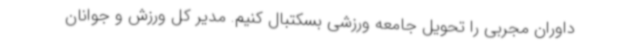
داوران مجربی را تحویل جامعه ورزشی بسکتبال کنیم. مدیر کل ورزش و جوانان